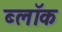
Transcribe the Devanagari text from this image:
ब्लाॅक